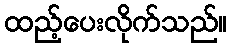
ထည့်ပေးလိုက်သည်။